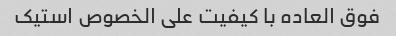
فوق العاده با کیفیت علی الخصوص استیک